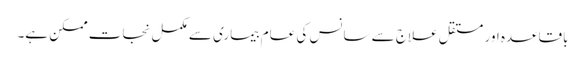
باقاعدہ اور مستقل علاج سے سانس کی عام بیماری سے مکمل نجات ممکن ہے۔